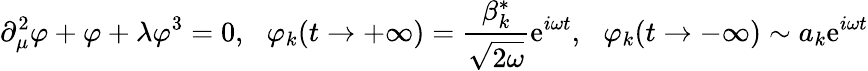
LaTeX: \partial_{\mu}^{2}\varphi+\varphi+\lambda\varphi^{3}=0,\, \, \, \, \varphi_{k}(t\to+\infty)=\frac{\beta_{k}^{*}}{\sqrt{2\omega}}\mathrm{e}^{i\omega t},\, \, \, \, \varphi_{k}(t\to-\infty)\sim a_{k}\mathrm{e}^{i\omega t}